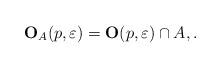
LaTeX: \begin{align*} \mathbf{O}_A(p,\varepsilon)=\mathbf{O}(p,\varepsilon)\cap A, . \end{align*}